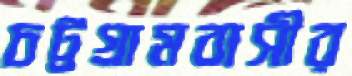
চট্টগ্রামবাসীর